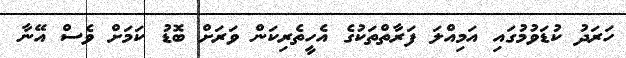
ހަރަދު ކުޑަވުމުގައި އަމިއްލަ ފަރާތްތަކުގެ އެހީތެރިކަން ވަރަށް ބޮޑު ކަމަށް ވެސް އޭނާ